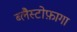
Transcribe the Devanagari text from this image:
ब्लैस्टोफ़ागा